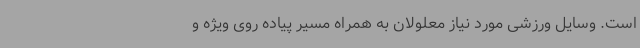
است. وسایل ورزشی مورد نیاز معلولان به همراه مسیر پیاده روی ویژه و